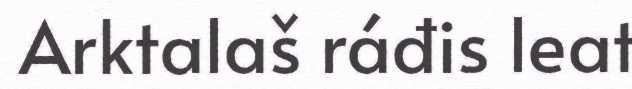
Arktalaš ráđis leat